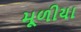
મૂળીયા